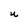
Character: U